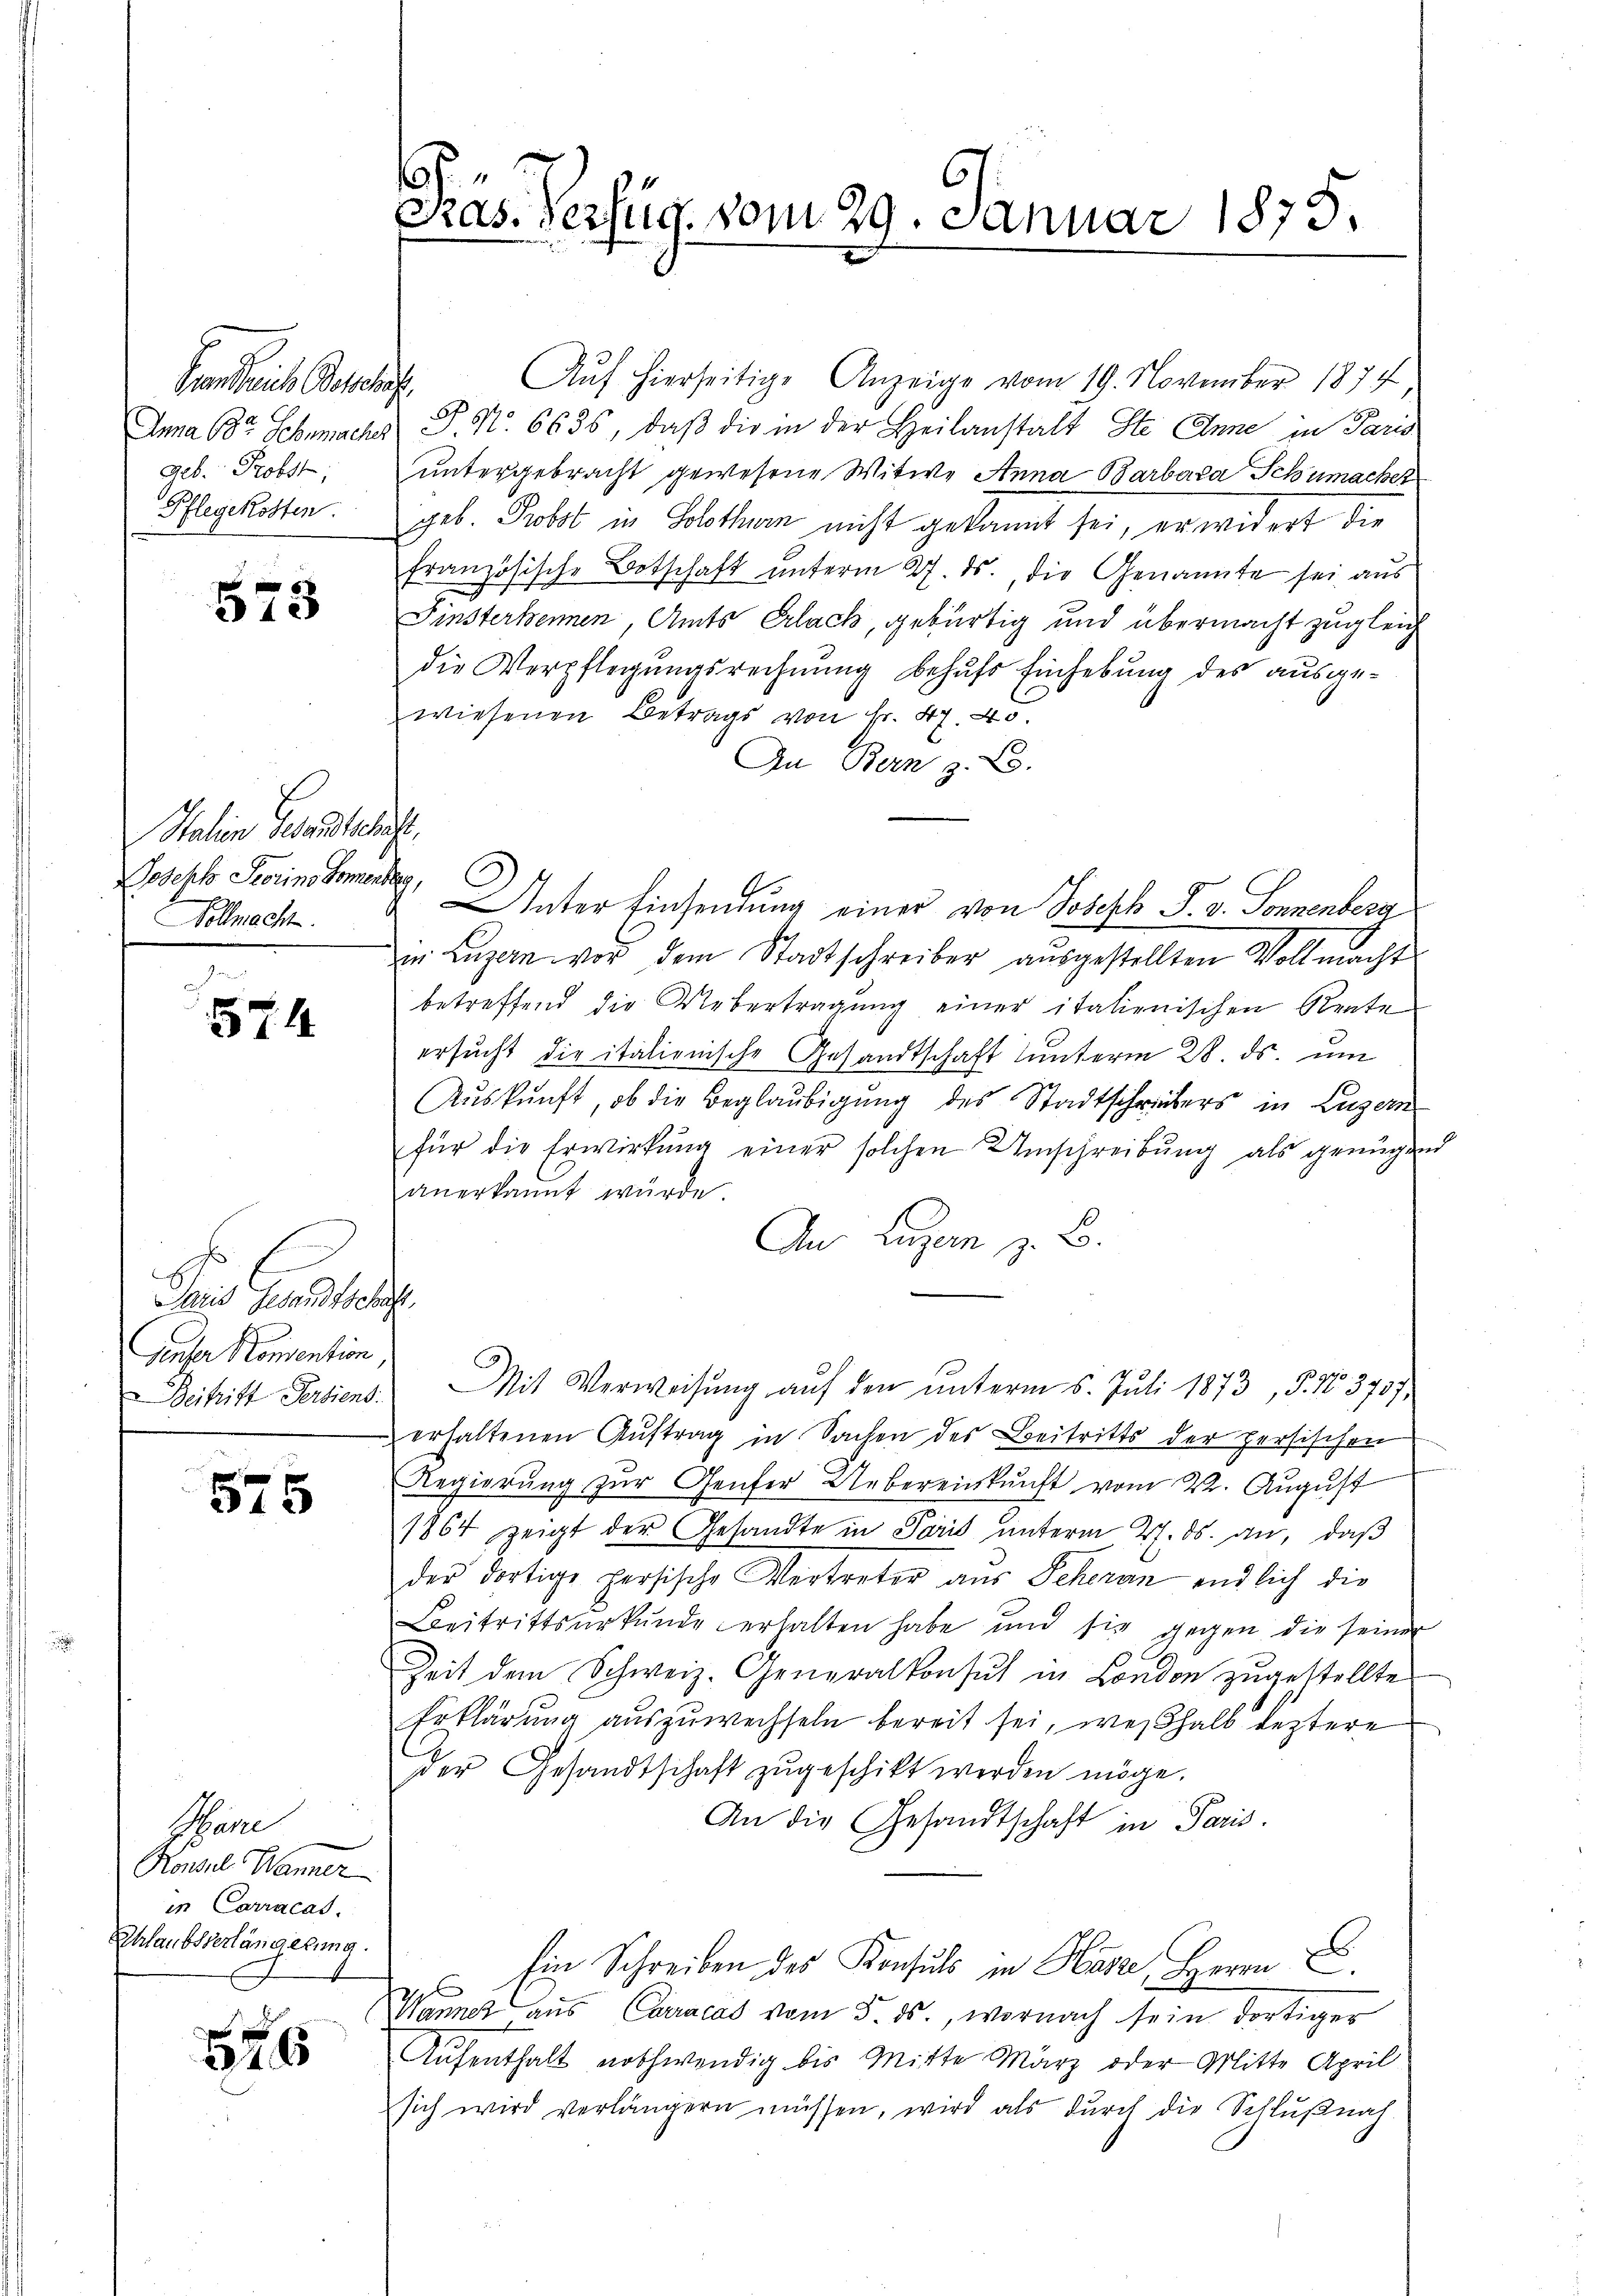
Granderich Beschaf
a
geb. Probst,
Pflegekosten.

573

Salien Gesandtschaft.
Josehls Storins Komentag,
.
Vollmacht.

574

C
Bet
Paris Gesandtschaft.
Genfer Konsention
Beitritt Fertiend.

575

Träne
Konsul Männer
in Carracas.
Schlaubsverlängerung.

876

s
Pras. Verfüg, vom 29. Januar 1879.

Auf hierseitige Anzeige vom 19. November 1874
Ina 68te Schumaches P. Nr. 6635, daβ die in der Heilanstalt Ste Anne in Paris
untergebracht gewesene Witwe Anna Barbara Schumacher
geb. Probel in Solothurn nicht gekannt sei, erwidert die
französische Botschaft unterm 27. ds., die Genannte sei aus
Finsterkennen Amts Erlack, gebürtig und übermacht zugleich
die Verpflegungsrechnung behufs Einhebung des ausgewiesenen Betrags von Fr. 47. 45.
In Bern z. B.
Unter Einsendung einer von Joseph P. v. Sonnenberg
in Luzern vor dem Stadtschreiber ausgestellten Vollmacht
betreffend die Uebertragung einer italienischen Rente
ersucht die italionische Gesandtschaft unterm 28. ds. um
Aŭskŭnft, ob die Beglaŭbigŭng des Stadtschreibers in Luzern
für die Erwirkung einer solchen Umschreibung als genügend
anerkannt würde.
An Luzern z. B.
Mit Verweisŭng aŭf den ŭnterm 5. Juli 1873, S. 163757,
erhaltenen Auftrag in Sachen des Beitritts der persischen
Regierung zur Genfer Uebereinkunft vom 22. August
1864 zeigt der Gesandte in Paris unterm 27. ds. an, daß
der dortige persische Vertreter aus Scheran endlich die
Beitrittsurkunde erhalten habe und sie gegen die seiner
Zeit dem Schweiz. Generalkonsul in London zugestelltes
Erklärung auszuwechseln bereit sei, weshalb leztere
der Gesandtschaft zugeschikt werden möge.
An die Gesandtschaft in Paris.
Ein Schreiben des Konsuls in Hasse, Herrn E
Wannes aŭs Carracas vom 5. ds., wornach sein dortiger
Aufenthalt nothwendig bis Mitte März oder Mitte April
sich wird verlängern müssen, wird als durch die Schlußnah-